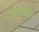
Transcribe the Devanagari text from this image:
खेलता।